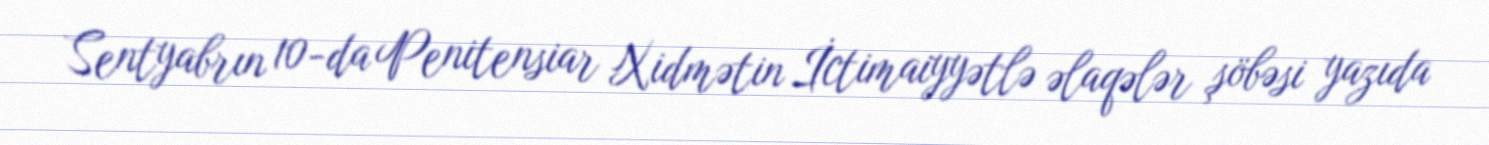
Sentyabrın 10-da Penitensiar Xidmətin İctimaiyyətlə əlaqələr şöbəsi yazıda